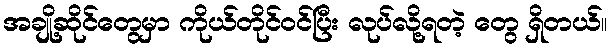
အချို့ဆိုင်တွေမှာ ကိုယ်တိုင်ဝင်ပြီး လုပ်လို့ရတဲ့ တွေ ရှိတယ်။